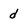
Character: d